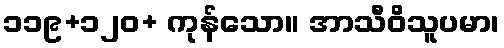
၁၁၉+၁၂၀+ ကုန်သော။ အာသီဝိသူပမာ၊